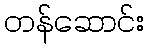
တန်ဆောင်း